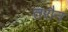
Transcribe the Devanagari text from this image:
तरौन